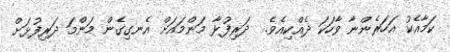
ކަމާއެކު އަހަރެންނާ ވާހަކަ ދެއްކިއެވެ.  ދަރިފުޅާ މަންމައަށް އެނގިގެން މަންމަ ދަރިފުޅަށް